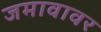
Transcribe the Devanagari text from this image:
जमावावर